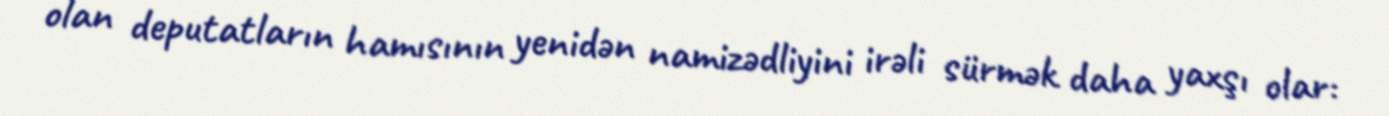
olan deputatların hamısının yenidən namizədliyini irəli sürmək daha yaxşı olar: